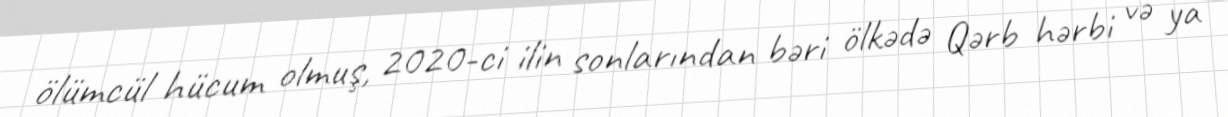
ölümcül hücum olmuş, 2020-ci ilin sonlarından bəri ölkədə Qərb hərbi və ya